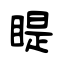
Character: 睼